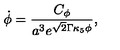
\dot { \phi } = { \frac { C _ { \phi } } { a ^ { 3 } e ^ { \sqrt { 2 } \Gamma \kappa _ { 5 } \phi } } } ,